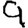
Digit: 9